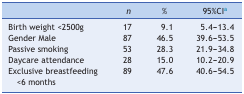
|  | n | % | 95%CIa |
 | --- | --- | --- | --- |
 | Birth weight <2500g | 17 | 9.1 | 5.4-13.4 |
 | Gender Male | 87 | 46.5 | 39.6-53.5 |
 | Passive smoking | 53 | 28.3 | 21.9-34.8 |
 | Daycare attendance | 28 | 15.0 | 10.2-20.9 |
 | Exclusive breastfeeding <6 months | 89 | 47.6 | 40.6-54.5 |